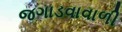
જગાડવાવાળી